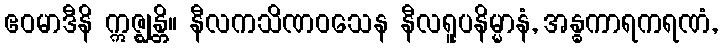
ဧဝမာဒီနိ ဣဇ္ဈန္တိ။ နီလကသိဏဝသေန နီလရူပနိမ္မာနံ, အန္ဓကာရကရဏံ,